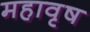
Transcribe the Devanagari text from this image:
महावृष